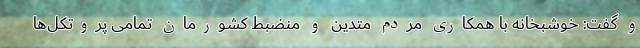
و گفت: خوشبخانه با همکاری مردم متدین و منضبط کشورمان تمامی پروتکل‌ها